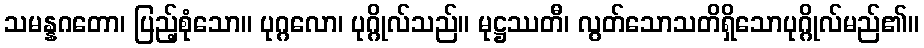
သမန္နဂတော၊ ပြည့်စုံသော။ ပုဂ္ဂလော၊ ပုဂ္ဂိုလ်သည်။ မုဋ္ဌဿတီ၊ လွတ်သောသတိရှိသောပုဂ္ဂိုလ်မည်၏။